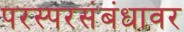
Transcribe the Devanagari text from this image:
परस्परसंबंधावर